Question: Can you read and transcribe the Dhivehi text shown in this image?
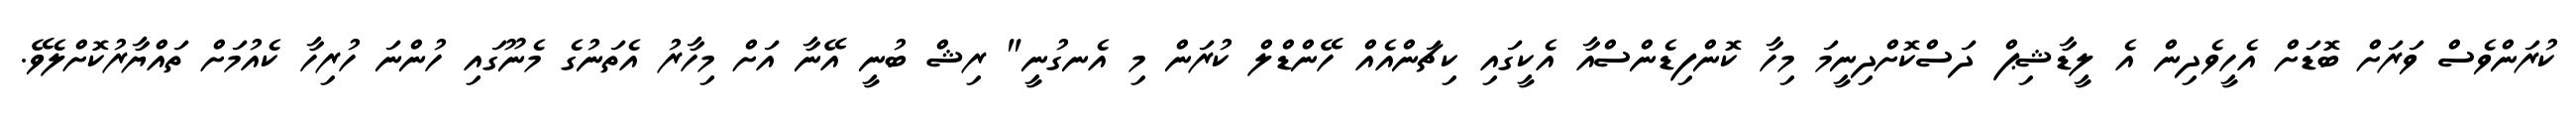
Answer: ކުރަންވެސް ވަރަށް ބޮޑަށް އެހީވެދިން އެ ލީޑާޝިޕް ދަސްކޮށްދިނީމަ މިހާ ކޮންފިޑެންސްއާ އެކީގައި ކިޗަންއެއް ހޭންޑްލް ކުރަން މި އެނގުނީ" ރިޝް ބުނީ އޭނާ އަށް މިހާރު އެތަނުގެ މެނޫގައި ހުންނަ ހުރިހާ ކެއުމަށް ތައްޔާރުކޮށްލެވޭ.